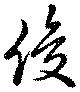
俊